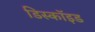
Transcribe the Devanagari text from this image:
डिस्कॉइड